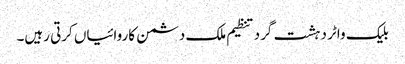
بلیک واٹر دہشت گرد تنظیم ملک دشمن کاروائیاں کرتی رہیں۔